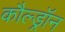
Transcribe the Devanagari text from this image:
कौल्ड्रॉन